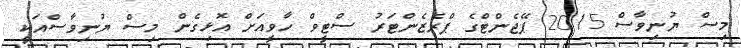
މިސް ޔުނިވާސް 2015 ޕޭޖެންޓްގެ ޕްރެޒެންޓަރު ސްޓީވް ހާވީއަށް އޮޅިގެން މިސް ޔުނިވާސްއަކީ